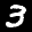
Label: 3